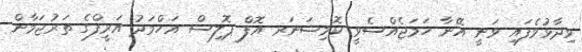
ވިދާޅުވެފައި ވަނީ އޭނާ ހަމަޖެއްސެވީ ކޮމިޝަނަރ އޮފް ޕޮލިސް އަހްމަދު އަރީފްގެ ތަރުޖަމާން